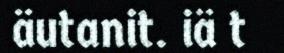
äutanit. iä t